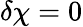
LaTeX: \delta\chi=0